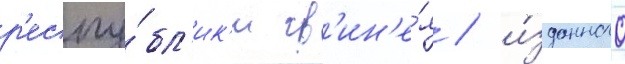
р'еспу́бл'ик'и гв'ин'е́я / и́зданного